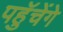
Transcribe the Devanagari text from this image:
पहुॅचेंगे